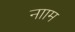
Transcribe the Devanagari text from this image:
नााम